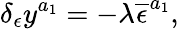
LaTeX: \delta_{\epsilon}y^{a_{1}}=-\lambda\overline{{{\epsilon}}}^{a_{1}},